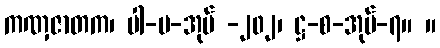
ကဏှဇာတက၊ ပါ-ပ-အုပ် -၂၀၂၊ ဋ္ဌ-စ-အုပ်-၇။ ။